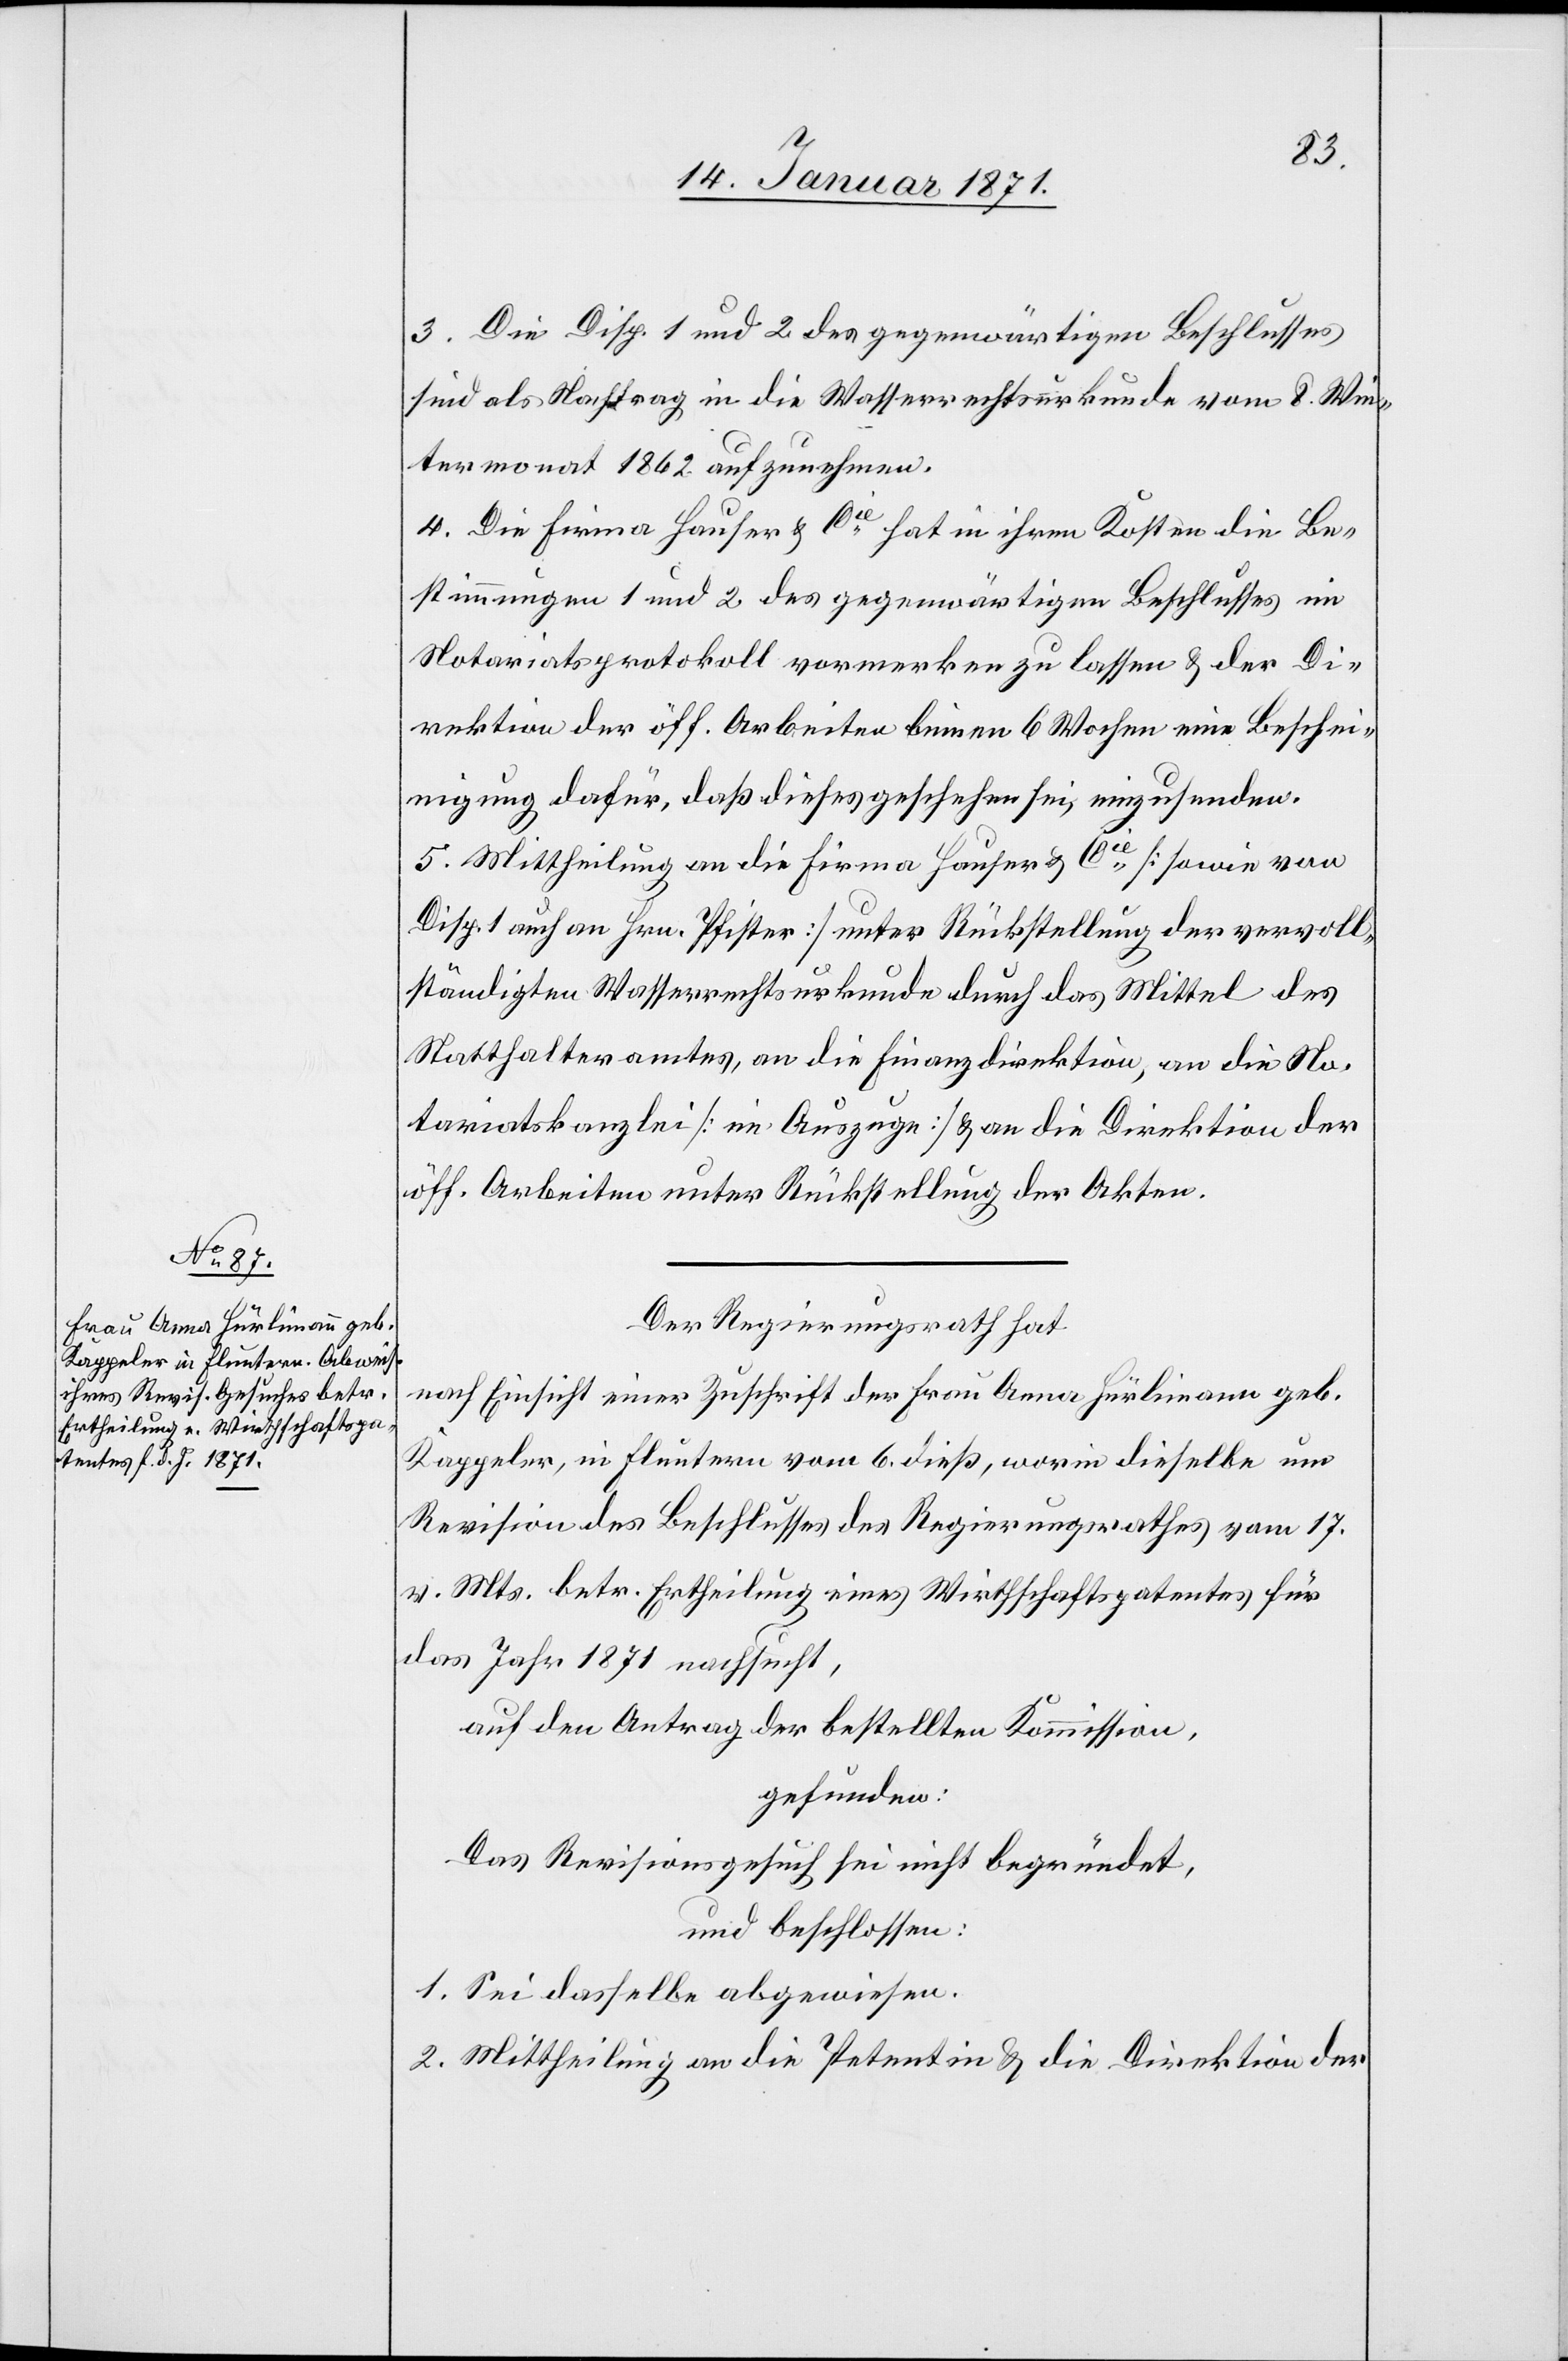
3.Die Disp. 1 und 2 des gegenwärtigen Beschlusses
sind als Nachtrag in die Wasserrechtsurkunde vom 8. Win¬
termonat 1862 aufzunehmen.
4. Die Firma Hauser u. Cie. hat in ihren Kosten die Be¬
stimmungen 1 und 2 des gegenwärtigen Beschlusses im
Notariatsprotokoll vormerken zu lassen u. der Di¬
rektion der öff. Arbeiten binnen 6 Wochen eine Beschei¬
nigung dafür, daß dieses geschehen sei, einzusenden.
5. Mittheilung an die Firma Hauser u. Cie. [sowie von
Disp. 1 auch an Hrn. Pfister] unter Rückstellung der vervoll¬
ständigten Wasserrechtsurkunde durch das Mittel des
Statthalteramtes, an die Finanzdirektion, an die No¬
tariatskanzlei [im Auszuge] u. an die Direktion der
öff. Arbeiten unter Rückstellung der Akten.
Der Regierungsrath hat
nach Einsicht einer Zuschrift der Frau Anna Hürlimann geb.
Kappeler, in Fluntern vom 6. dieß, worin dieselbe um
Revision des Beschlusses des Regierungsrathes vom 17.
v. Mts. betr. Ertheilung eines Wirthschaftspatentes für
das Jahr 1871 nachsucht,
auf den Antrag der bestellten Kommission,
gefunden:
Das Revisionsgesuch sei nicht begründet,
und beschlossen:
1. Sei dasselbe abgewiesen.
2. Mittheilung an die Petentin u. die Direktion der